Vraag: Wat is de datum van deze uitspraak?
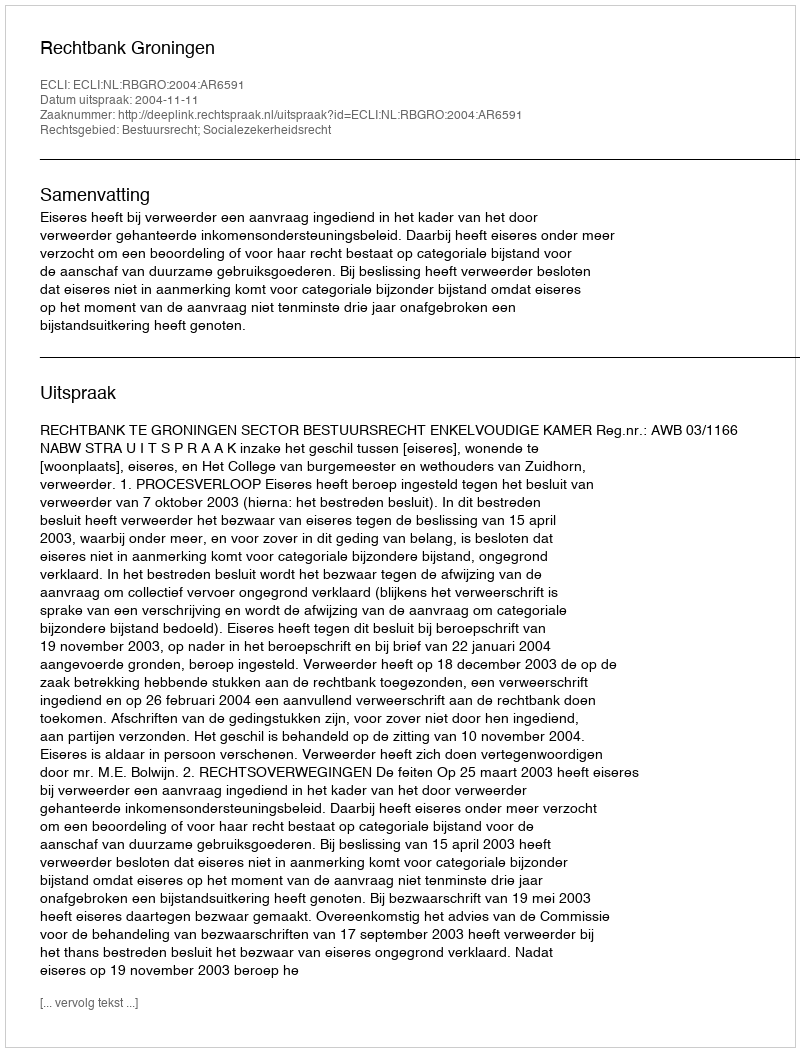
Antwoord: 2004-11-11